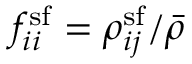
f _ { i i } ^ { \mathrm { s f } } = \rho _ { i j } ^ { \mathrm { s f } } / \bar { \rho }